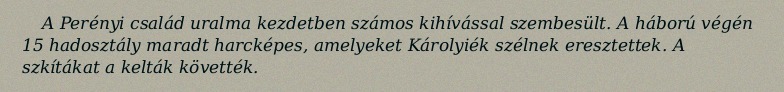
A Perényi család uralma kezdetben számos kihívással szembesült. A háború végén 15 hadosztály maradt harcképes, amelyeket Károlyiék szélnek eresztettek. A szkítákat a kelták követték.